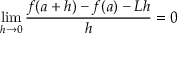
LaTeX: \operatorname* { l i m } _ { h \to 0 } { \frac { f ( a + h ) - f ( a ) - L h } { h } } = 0